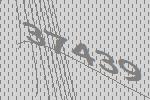
37439